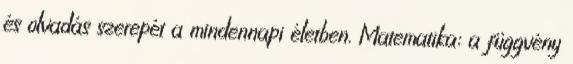
és olvadás szerepét a mindennapi életben. Matematika: a függvény